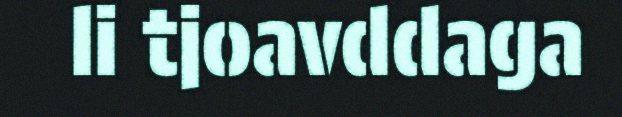
li tjoavddaga